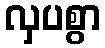
လှပစွာ